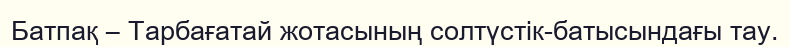
Батпақ – Тарбағатай жотасының солтүстік-батысындағы тау.